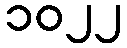
၁၀၂၂